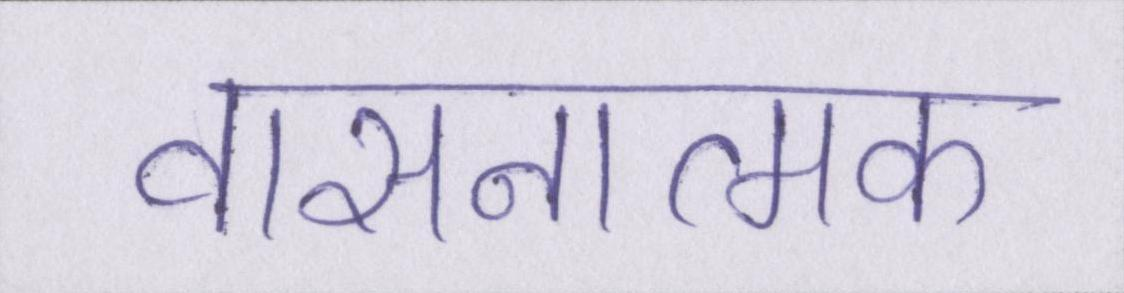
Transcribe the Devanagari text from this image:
वासनात्मक